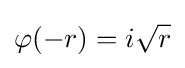
\varphi (-r)=i{\sqrt {r}}